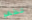
تطهو